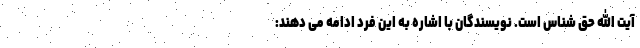
آیت الله حق شناس است. نویسندگان با اشاره به این فرد ادامه می دهند: